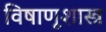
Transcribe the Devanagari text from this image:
विषाणूशास्त्र